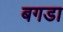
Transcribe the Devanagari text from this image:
बगडा